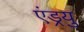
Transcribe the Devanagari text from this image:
एंड्रयु